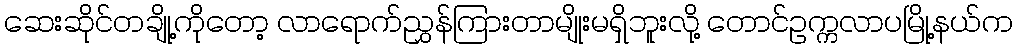
ဆေးဆိုင်တချို့ကိုတော့ လာရောက်ညွှန်ကြားတာမျိုးမရှိဘူးလို့ တောင်ဥက္ကလာပမြို့နယ်က